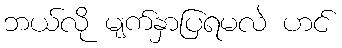
ဘယ်လို မျက်နှာပြရမလဲ ဟင်